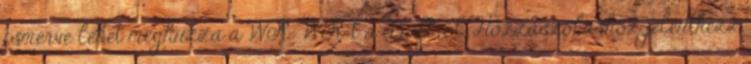
ismerve lehet meghúzza a WR WR-t a draftról. Hozzászóláshoz jelentkezz